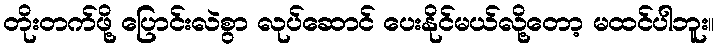
တိုးတက်ဖို့ ပြောင်းလဲစွာ လုပ်ဆောင် ပေးနိုင်မယ်လို့တော့ မထင်ပါဘူး။